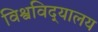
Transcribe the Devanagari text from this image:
विश्वविद्‌यालय